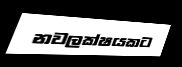
නවලක්ෂයකට